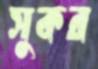
সুকর